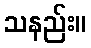
သနည်း။